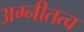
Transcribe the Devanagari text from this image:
अग्नीतत्व